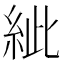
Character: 紪